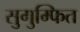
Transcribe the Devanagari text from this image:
सुगुम्फित